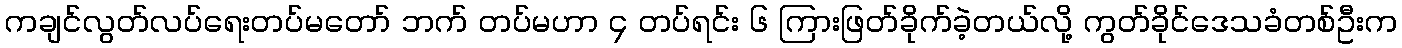
ကချင်လွတ်လပ်ရေးတပ်မတော် ဘက် တပ်မဟာ ၄ တပ်ရင်း ၆ ကြားဖြတ်ခိုက်ခဲ့တယ်လို့ ကွတ်ခိုင်ဒေသခံတစ်ဦးက